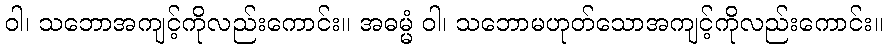
ဝါ၊ သဘောအကျင့်ကိုလည်းကောင်း။ အဓမ္မံ ဝါ၊ သဘောမဟုတ်သောအကျင့်ကိုလည်းကောင်း။